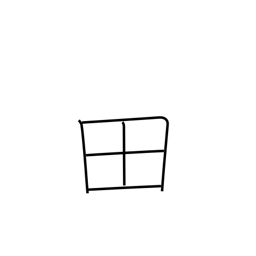
Meaning: rice field